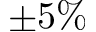
\pm 5 \%